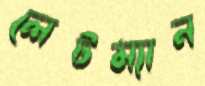
লেটম্যান